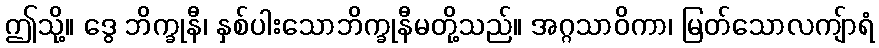
ဤသို့။ ဒွေ ဘိက္ခုနီ၊ နှစ်ပါးသောဘိက္ခုနီမတို့သည်။ အဂ္ဂသာဝိကာ၊ မြတ်သောလကျ်ာရံ